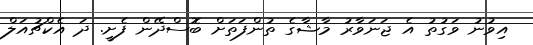
އިވުނު ވަގުތު އެ ޖަނަވާރު މާޝާގެ ތުންފަތަށް ބޮސްދޭން ފެށީ. ދަ އެކްޗުއަލް